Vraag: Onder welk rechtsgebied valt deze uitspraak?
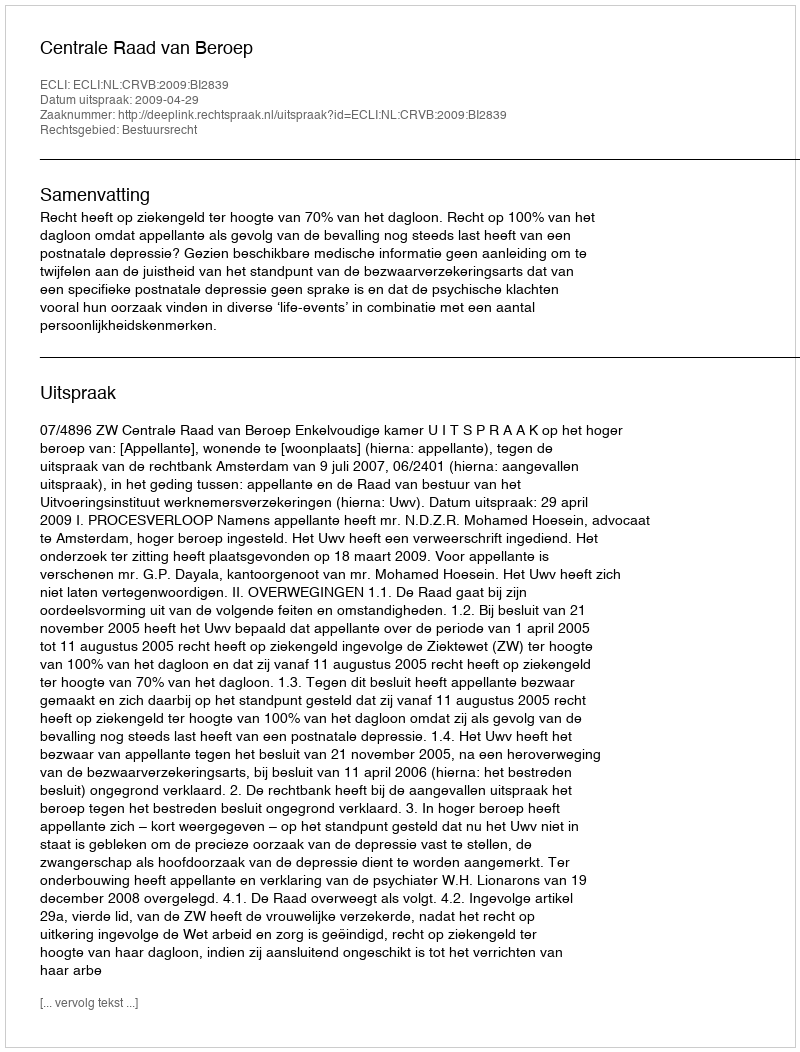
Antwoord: Bestuursrecht